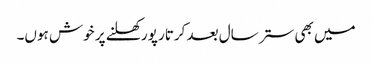
میں بھی ستر سال بعد کرتار پور کھلنے پر خوش ہوں۔